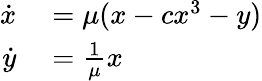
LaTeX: \begin{array}{rl}{\dot{x}}&{{}=\mu(x-cx^{3}-y)}\\ {\dot{y}}&{{}=\frac{1}{\mu}x}\end{array}